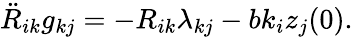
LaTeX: \begin{array}{r}{\ddot{R}_{ik}g_{kj}=-R_{ik}\lambda_{kj}-bk_{i}z_{j}(0).}\end{array}